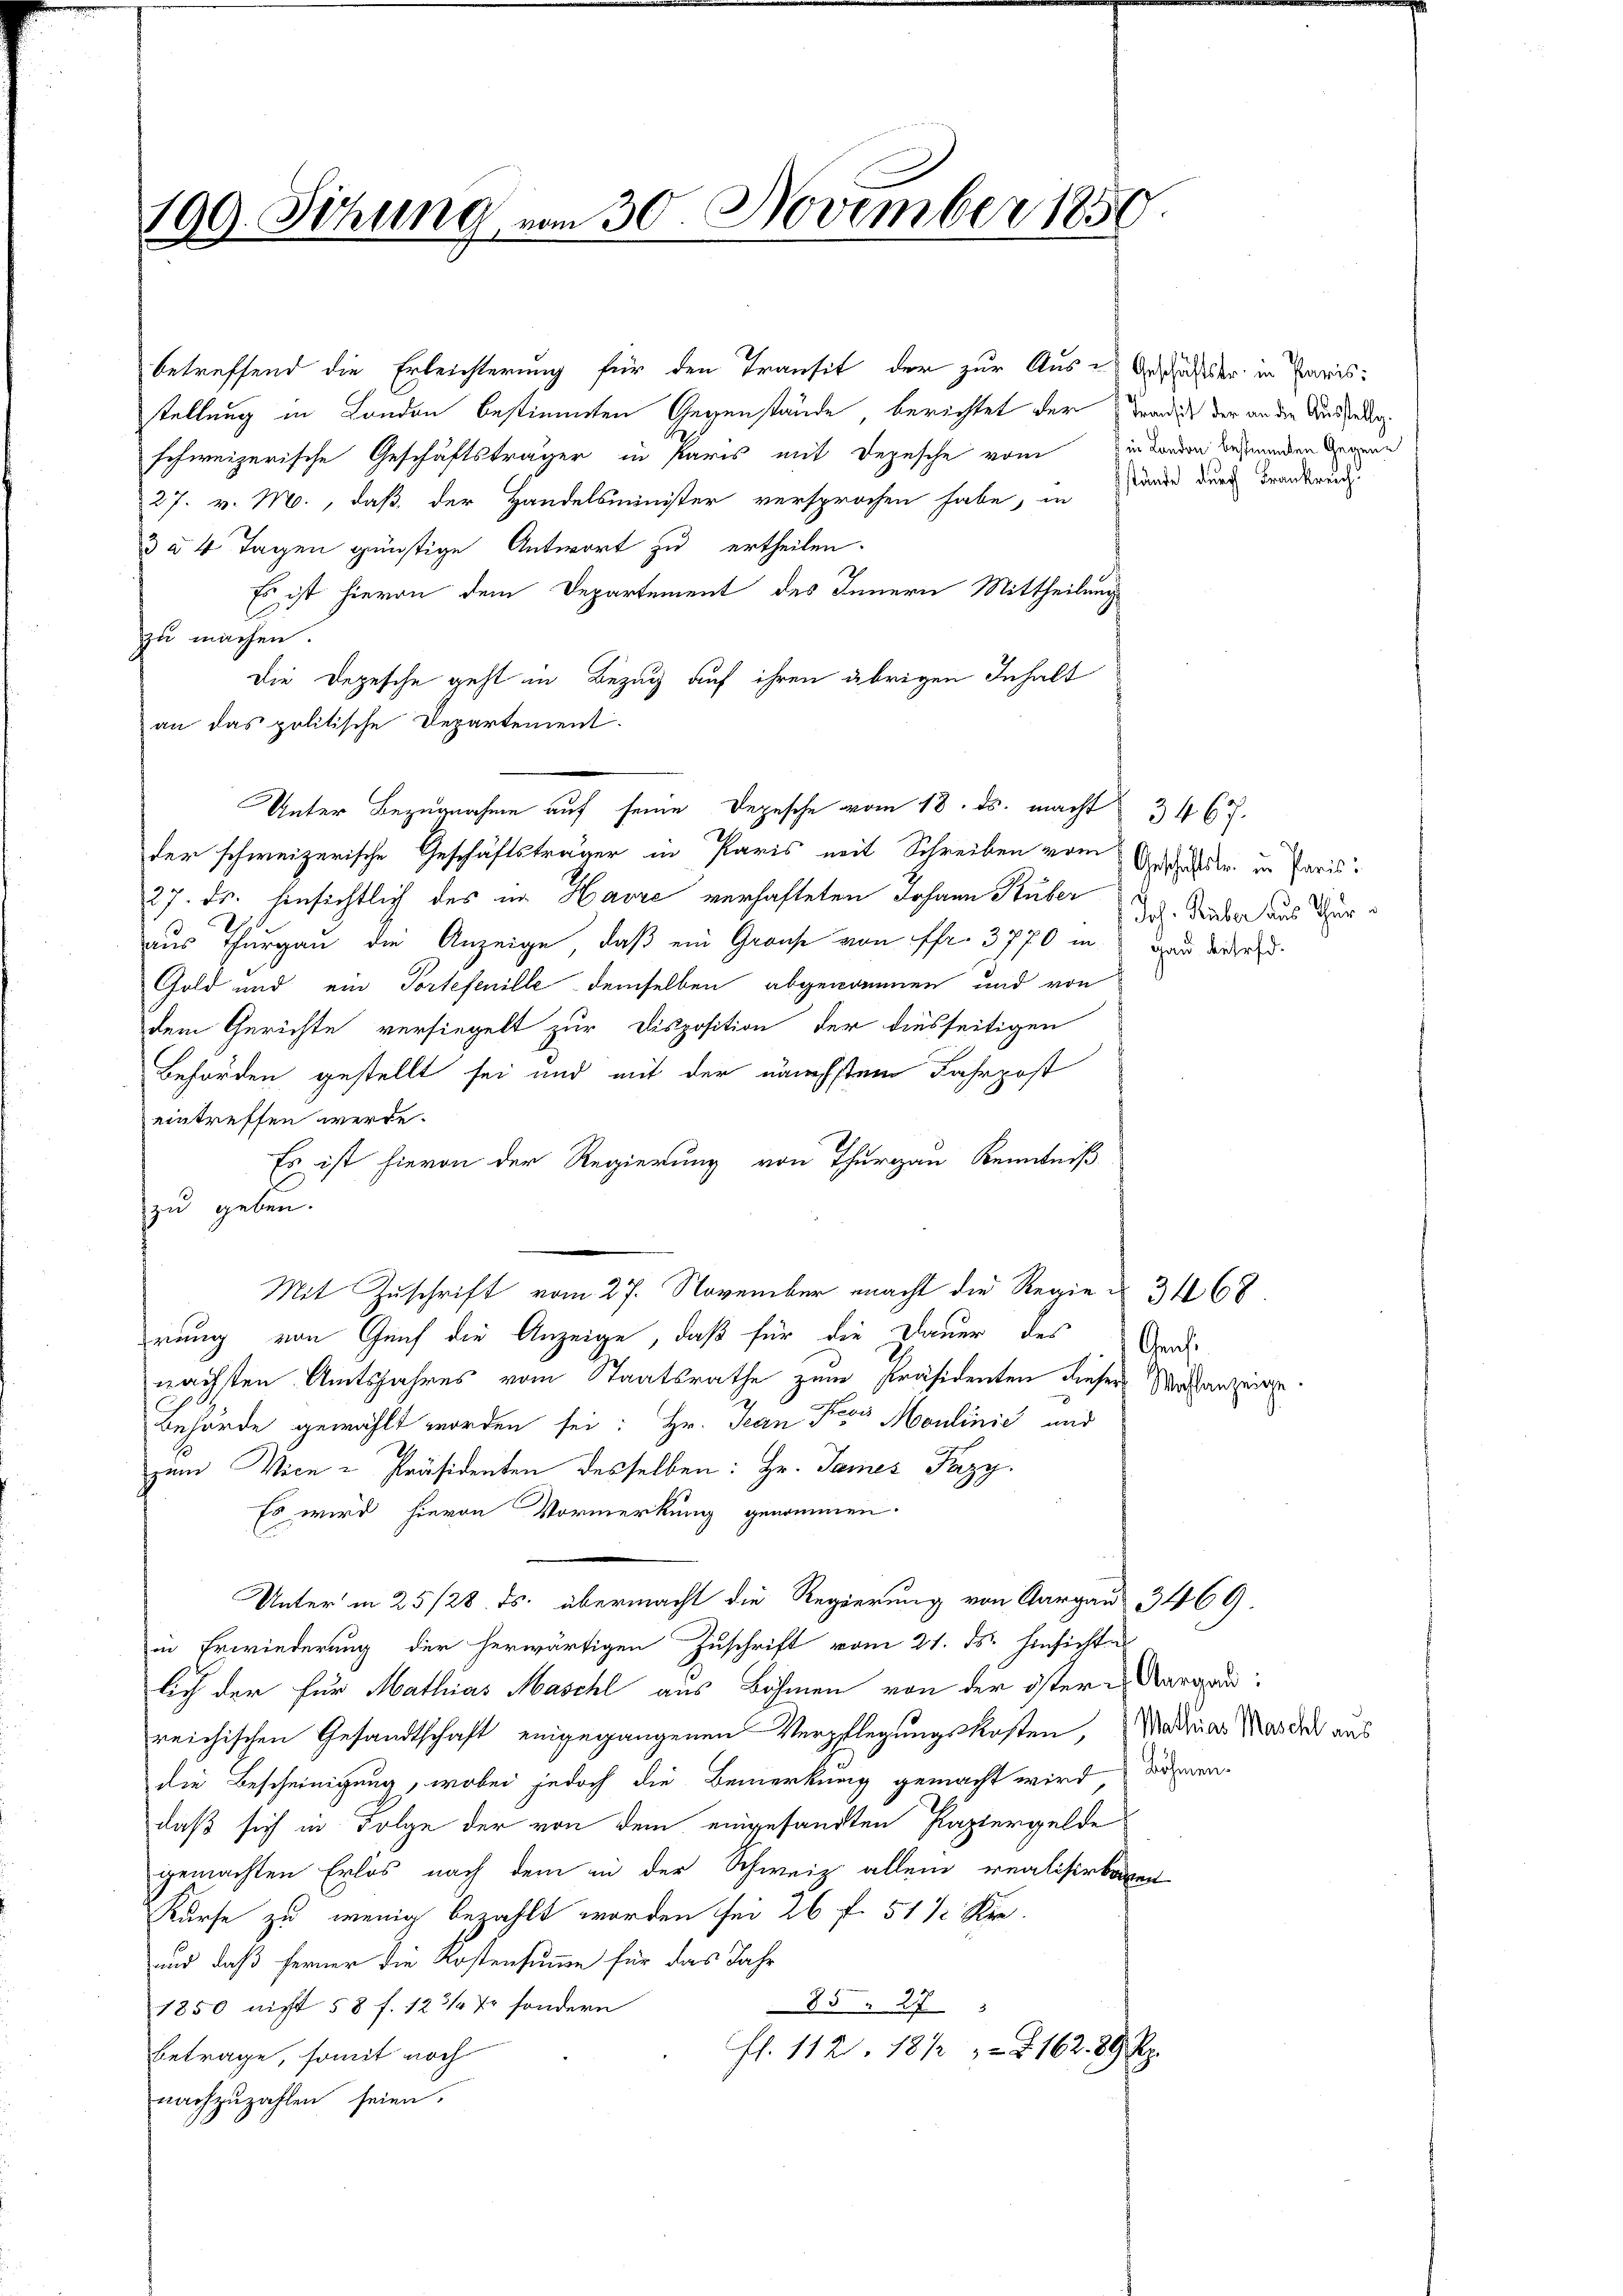
109. Setzung vom 30. November 1850

betreffend die Erleichterung für den Transit der zur Aus-Geschäfter in Paris
stellung in London bestimmten Gegenstände, berichtet der Tradies der an die Ansieder
schweizerische Geschäftsträger in Paris mit Depesche vom in denden begründen Gegen
27. v. M., daß der Handelsminister versprochen habe, in
3 à 4 Tagen günstige Antwort zu ertheilen.
Es ist hievon dem Departement des Innern Mittheilung
zu machen.
Die Depesche geht in Bezug auf ihren übrigen Inhalt
an das politische Departement.
der schweizerische Geschäftsträger in Paris mit Schreiben vom
27. ds. hinsichtlich des in Havre verhafteten Johann Ruber
aus Thurgau die Anzeige, daß ein Grause von fr. 3770 in an diesend
Gold und ein Tortefenille demselben abgenommen und von
dem Gerichte versiegelt zur Disposition der diesseitigen
Behörden gestellt sei und mit der nächstem Fahrpost
eintreffen werde.
Es ist hievon der Regierung von Thurgau Kenntniß
zu geben.
Mit Zuschrift vom 27. November macht die Regien 3168.
rung von Genf die Anzeige, daß für die Dauer des Gard
nächsten Amtsjahres vom Staatsrathe zum Präsidenten dieser Michanzeige¬
Behörde gewählt worden sei: Hr. Jean Pero Moulinić und
zum Vice-Präsidenten desselben: Hr. James Pazy.
Es wird hievon Vormerkung genommen.
Unter in 25/28 übermacht die Regierung von Aargaus 3469.
in Erwiederung der herwärtigen Zuschrift vom 21. ds. hinsichte
lich der für Mathias Maschl aus Böhmen von der östere Karadireichischen Gesandtschaft eingegangenen Verpflegungskosten, Madrias Was der aus
die Bescheinigung, wobei jedoch die Bemerkung gemacht wird den-
daß sich in Folge der von dem eingesandten Papiergelde
gemachten Erlös nach dem in der Schweiz allein realisirbaren
Kurse zu wenig bezahlt worden sei 26 f. 51 1/2 Kr.
und daß ferner die Kostensumme für das Jahr
85 273
1850 nicht 58 f. 123/ 7 sondern
fl. 112. 1812 § 162. 29 Rp.
Betrage, somit noch
nachzuzahlen seien.

Unter Bezugnahme auf seine Depesche vom 18. ds. macht 3462.

stände durch Frankreich

Geschäftster in Paris:
Joh. Huber aus Thur¬